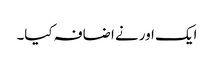
ایک اور نے اضافہ کیا۔